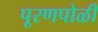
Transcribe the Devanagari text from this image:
पूरणपोळी